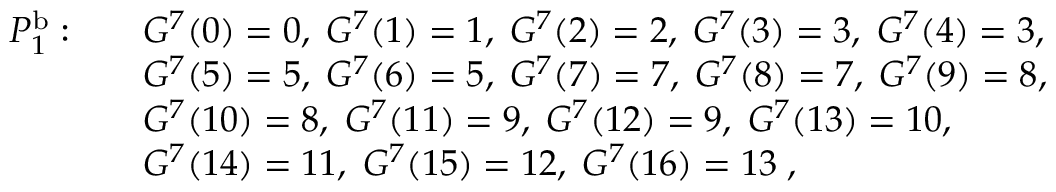
\begin{array} { r l } { P _ { 1 } ^ { \mathrm { b } } : \quad } & { G ^ { 7 } ( 0 ) = 0 , \; G ^ { 7 } ( 1 ) = 1 , \; G ^ { 7 } ( 2 ) = 2 , \; G ^ { 7 } ( 3 ) = 3 , \; G ^ { 7 } ( 4 ) = 3 , } \\ & { G ^ { 7 } ( 5 ) = 5 , \; G ^ { 7 } ( 6 ) = 5 , \; G ^ { 7 } ( 7 ) = 7 , \; G ^ { 7 } ( 8 ) = 7 , \; G ^ { 7 } ( 9 ) = 8 , } \\ & { G ^ { 7 } ( 1 0 ) = 8 , \; G ^ { 7 } ( 1 1 ) = 9 , \; G ^ { 7 } ( 1 2 ) = 9 , \; G ^ { 7 } ( 1 3 ) = 1 0 , } \\ & { G ^ { 7 } ( 1 4 ) = 1 1 , \; G ^ { 7 } ( 1 5 ) = 1 2 , \; G ^ { 7 } ( 1 6 ) = 1 3 \; , } \end{array}